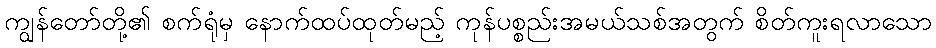
ကျွန်တော်တို့၏ စက်ရုံမှ နောက်ထပ်ထုတ်မည့် ကုန်ပစ္စည်းအမယ်သစ်အတွက် စိတ်ကူးရလာသော